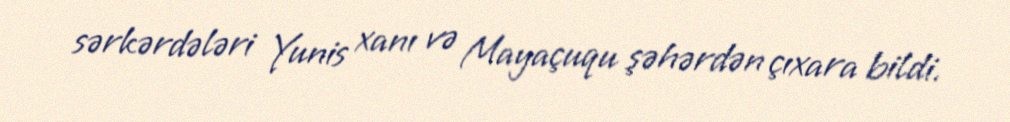
sərkərdələri Yunis xanı və Mayaçuqu şəhərdən çıxara bildi.